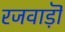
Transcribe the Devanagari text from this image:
रजवाड़ॊं